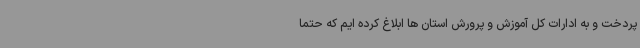
پردخت و به ادارات کل آموزش و پرورش استان ها ابلاغ کرده ایم که حتما